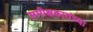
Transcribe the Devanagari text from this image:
समीक्षकारांच्या